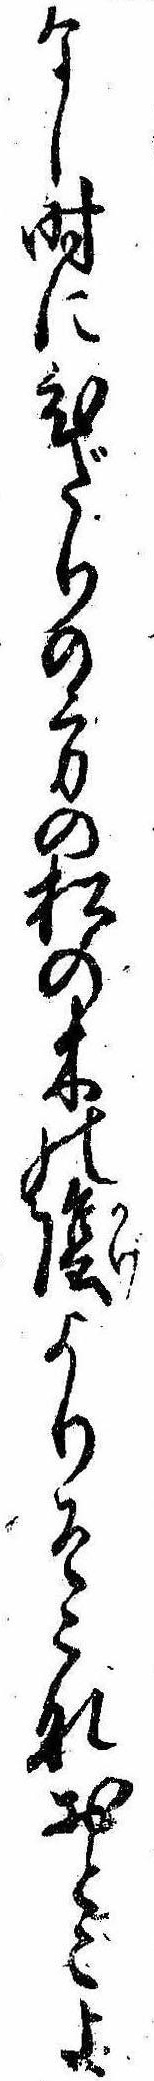
なし時にひだりの方の松の木の陰よりそこなおとこよ